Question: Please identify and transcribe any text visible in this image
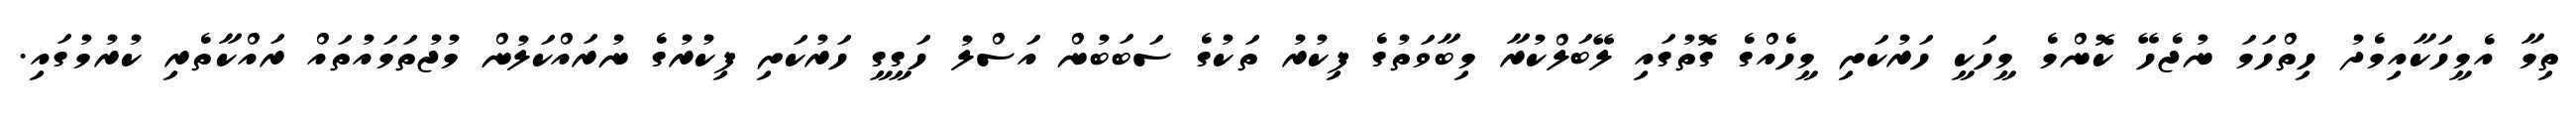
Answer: ތިމާ އެމީހަކާއިމެދު ހިތްހަމަ ނުޖެހޭ ކޮންމެ މީހަކީ ހަރުކަށި މީހެއްގެ ގޮތުގައި ލޭބަލްކުރާ މިބާވަތުގެ ފިކުރު ތަކުގެ ސަބަބުން އަސްލު ހަގީގީ ހަރުކަށި ފިކުރުގެ ނުރައްކަލުން މުޖުތަމައުތައް ރައްކާތެރި ކުރުމުގައި.